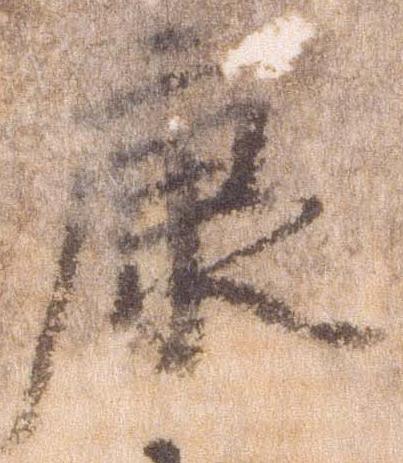
康